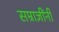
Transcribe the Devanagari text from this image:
सम्राज्ञींनी